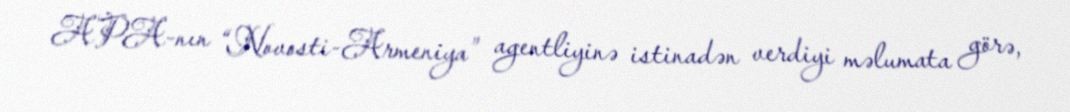
APA-nın “Novosti-Armeniya” agentliyinə istinadən verdiyi məlumata görə,